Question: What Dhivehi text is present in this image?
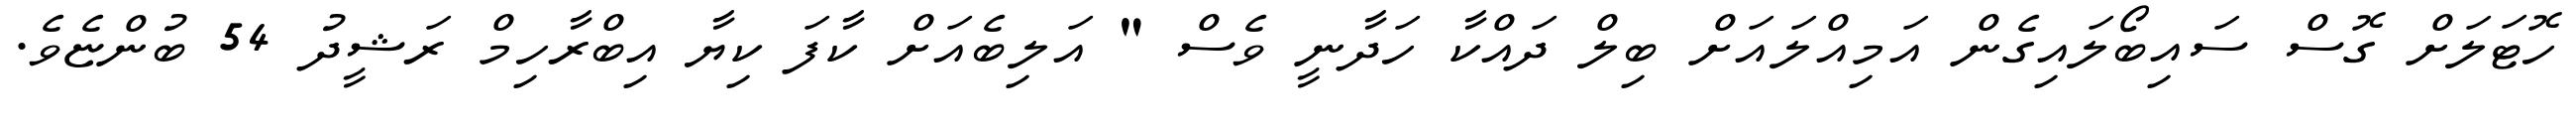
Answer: ހޮޓަލަށް ގޮސް ސައިބޯލައިގެން އަމިއްލައަށް ބިލް ދައްކާ ހަދާނީ ވެސް " އަލިބެއަށް ކާފަ ކިޔާ އިބްރާހިމް ރަޝީދު 54 ބުންޏެވެ.